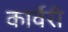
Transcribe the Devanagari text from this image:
कार्वेरी